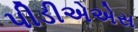
પીડીએએસ